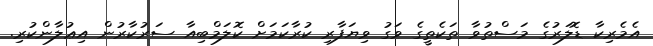
އެމެރިކާ ޑޮލަރުގެ މަސްތުވާ ތަކެތީގެ ވަގު ވިޔަފާރި ކުރާކަމަށް ކޮލަމްބިއާ ސަރުކާރުން އިޢުލާންކުރި.